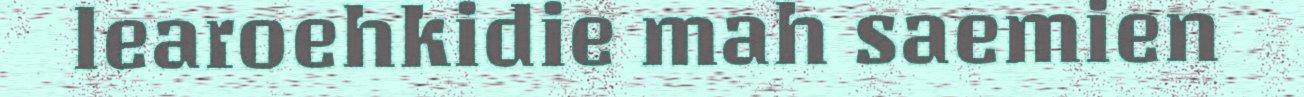
learoehkidie mah saemien